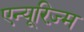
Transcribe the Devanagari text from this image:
एन्यूरिज़्म